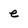
Character: e